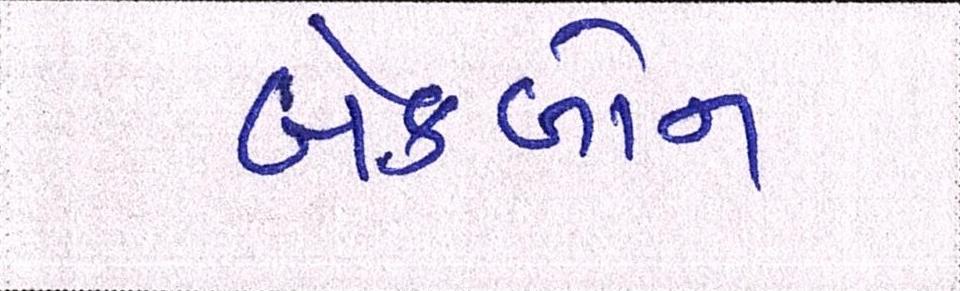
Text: બેકબોન